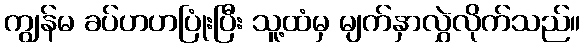
ကျွန်မ ခပ်ဟဟပြုံးပြီး သူ့ထံမှ မျက်နှာလွှဲလိုက်သည်။